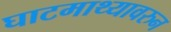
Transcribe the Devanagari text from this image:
घाटमाथ्यावरुन